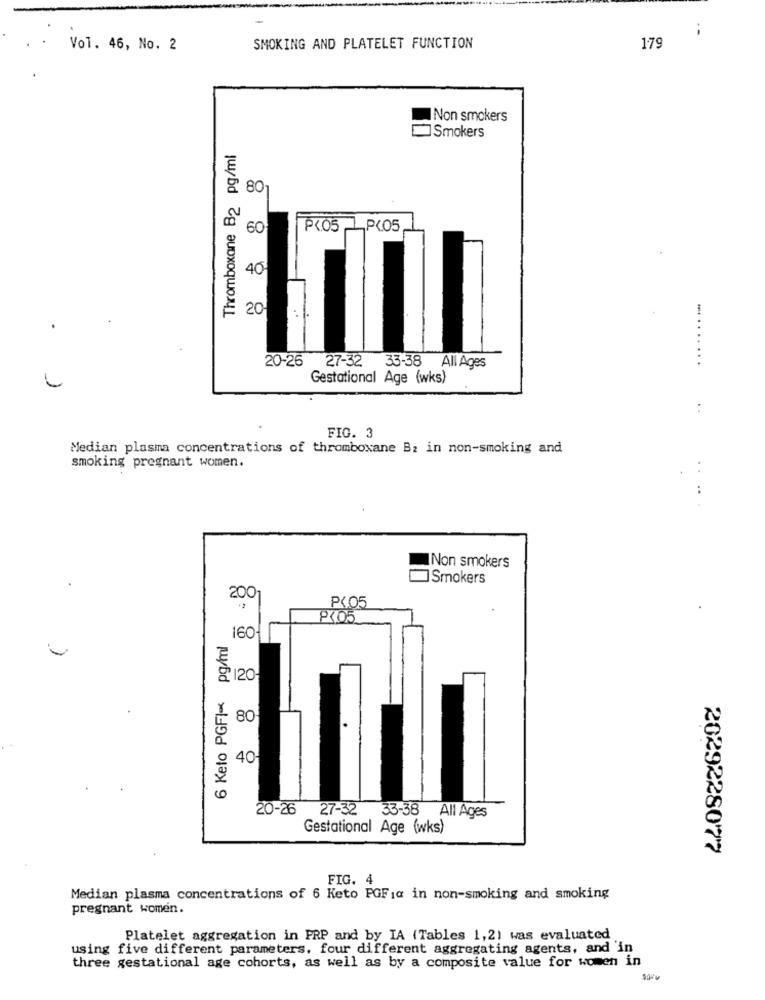
Vol. 46, No. 2
SMOKING AND PLATELET FUNCTION
179
Non smokers
Smokers
Thromboxane B2 pg/ml
80
60
P<05 P<05
40
20
...
20-26 27-32 33-38 All Ages
Gestational Age (wks)
:
FIG. 3
Median plasma concentrations of thromboxane B: in non-smoking and
smoking pregnant women.
..
Non smokers
Smokers
.
200
P<05
P<05
6 Keto PGFI- pg/ml
160
8120
80
40-
20-26 27-32 33-38 All Ages
Gestational Age (wks)
2029228077
FIG. 4
Median plasma concentrations of 6 Keto PGF1@ in non-smoking and smoking
pregnant women.
Platelet aggregation in PRP and by IA (Tables 1,2) was evaluated
using five different parameters. four different aggregating agents, and 'in
three gestational age cohorts, as well as by a composite value for women in